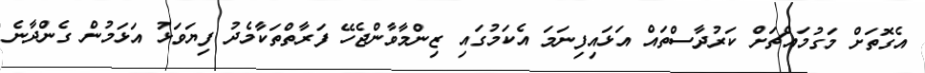
އެގޮތަށް މަގުމައްޗަށް ކަރުދާސްތައް އަޅައިފިނަމަ އެކަމުގައި ޒިންމާވާންޖެހޭ ފަރާތްތަކާމެދު ފިޔަވަޅު އަޅަމުން ގެންދާނެ